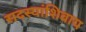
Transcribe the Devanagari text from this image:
सदस्यांशिवाय